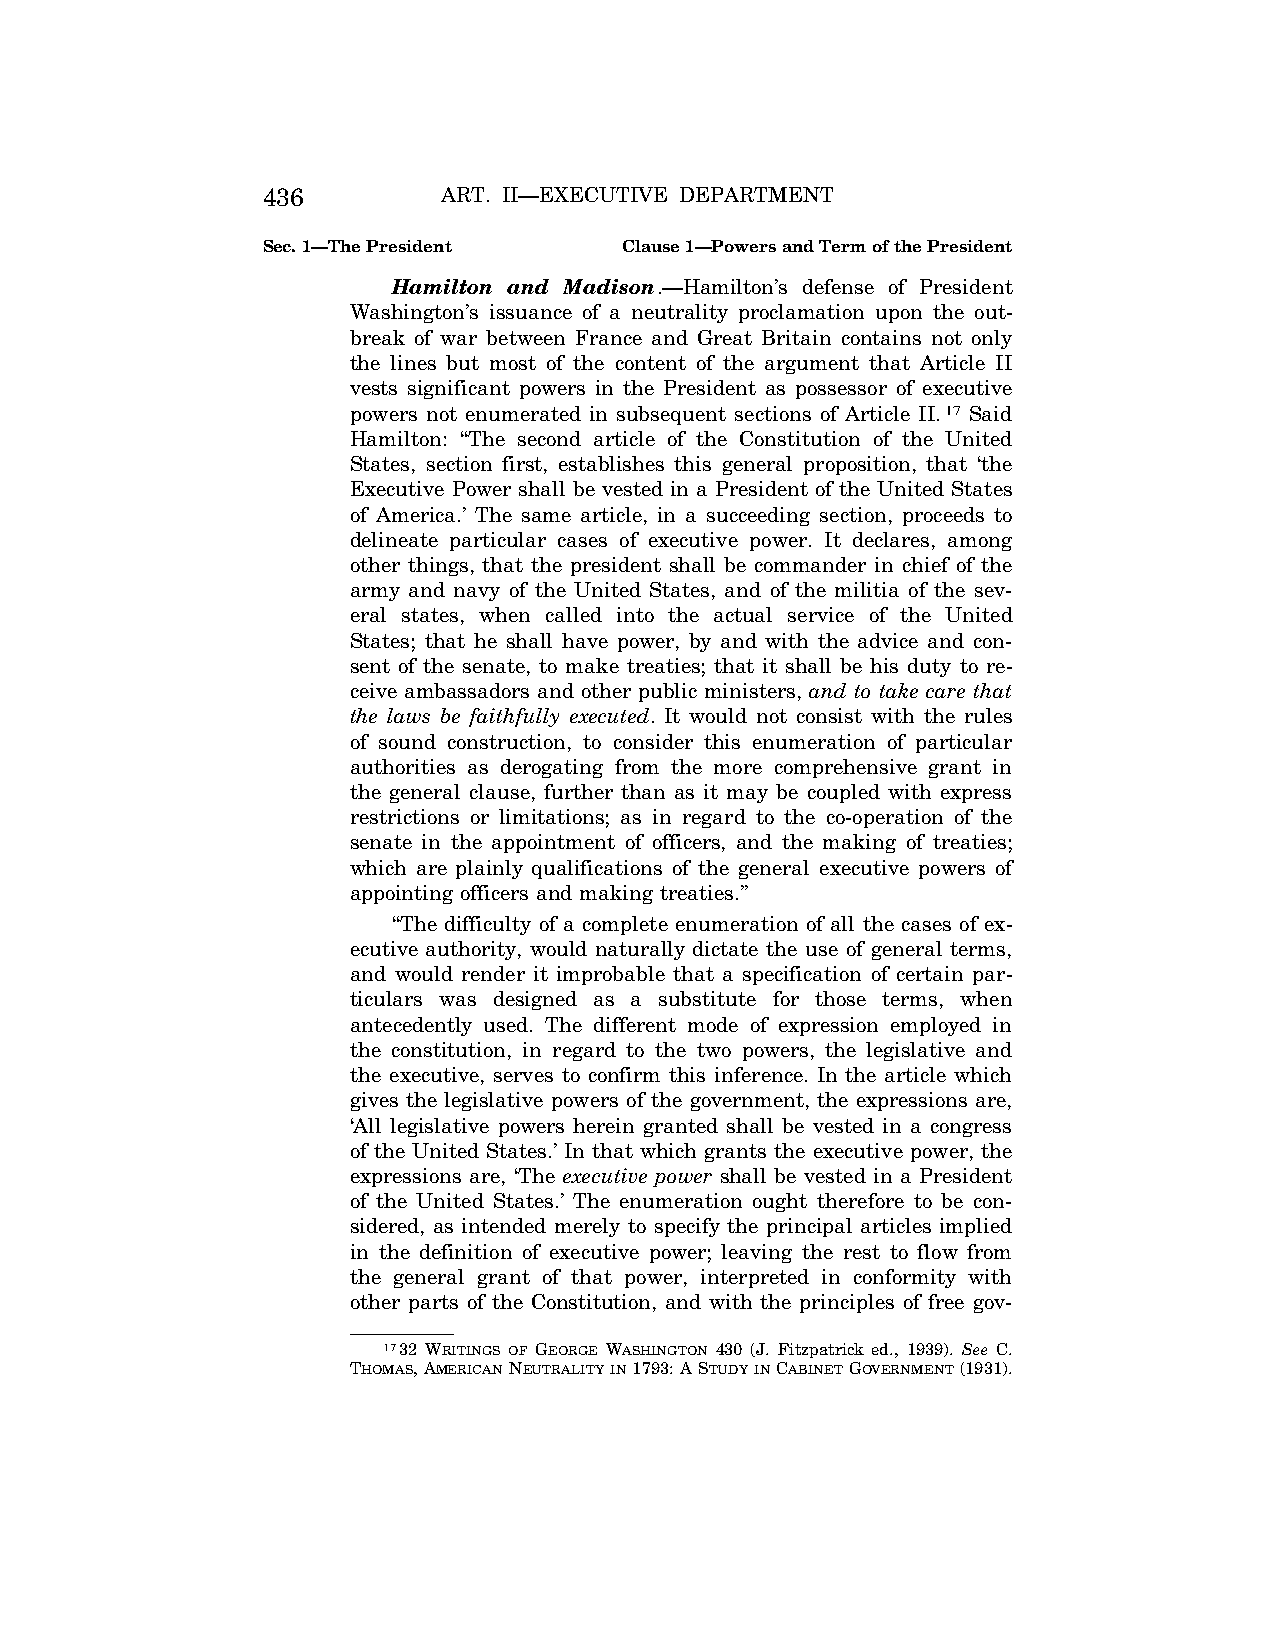
436         ART. II—EXECUTIVE DEPARTMENT
 Sec. 1—The President    Clause 1—Powers and Term of the President
 Hamilton and Madison.—Hamilton’s defense of President
 Washington’s issuance of a neutrality proclamation upon the out-
 break of war between France and Great Britain contains not only
 the lines but most of the content of the argument that Article II
 vests significant powers in the President as possessor of executive
 powers not enumerated in subsequent sections of Article II.17 Said
 Hamilton: ‘‘The second article of the Constitution of the United
 States, section first, establishes this general proposition, that ‘the
 Executive Power shall be vested in a President of the United States
 of America.’ The same article, in a succeeding section, proceeds to
 delineate particular cases of executive power. It declares, among
 other things, that the president shall be commander in chief of the
 army and navy of the United States, and of the militia of the sev-
 eral states, when called into the actual service of the United
 States; that he shall have power, by and with the advice and con-
 sent of the senate, to make treaties; that it shall be his duty to re-
 ceive ambassadors and other public ministers, and to take care that
 the laws be faithfully executed. It would not consist with the rules
 of sound construction, to consider this enumeration of particular
 authorities as derogating from the more comprehensive grant in
 the general clause, further than as it may be coupled with express
 restrictions or limitations; as in regard to the co-operation of the
 senate in the appointment of officers, and the making of treaties;
 which are plainly qualifications of the general executive powers of
 appointing officers and making treaties.’’
 ‘‘The difficulty of a complete enumeration of all the cases of ex-
 ecutive authority, would naturally dictate the use of general terms,
 and would render it improbable that a specification of certain par-
 ticulars was designed as a substitute for those terms, when
 antecedently used. The different mode of expression employed in
 the constitution, in regard to the two powers, the legislative and
 the executive, serves to confirm this inference. In the article which
 gives the legislative powers of the government, the expressions are,
 ‘All legislative powers herein granted shall be vested in a congress
 of the United States.’ In that which grants the executive power, the
 expressions are, ‘The executive power shall be vested in a President
 of the United States.’ The enumeration ought therefore to be con-
 sidered, as intended merely to specify the principal articles implied
 in the definition of executive power; leaving the rest to flow from
 the general grant of that power, interpreted in conformity with
 other parts of the Constitution, and with the principles of free gov-
 1732 WRITINGS OF GEORGE WASHINGTON 430 (J. Fitzpatrick ed., 1939). See C.
 THOMAS, AMERICANNEUTRALITYIN1793: A STUDYINCABINETGOVERNMENT(1931).
 VerDate Aug<04>2004 13:21 Oct 06, 2004 Jkt 077500 PO 00000 Frm 00004 Fmt 8222 Sfmt 8222 C:\CONAN\CON011.SGM PRFM99 PsN: CON011